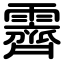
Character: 霽